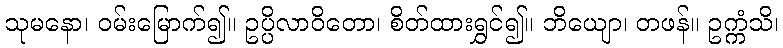
သုမနော၊ ဝမ်းမြောက်၍။ ဥပ္ပိလာဝိတော၊ စိတ်ထားရွှင်၍။ ဘိယျော၊ တဖန်။ ဥက္ကံသိ၊